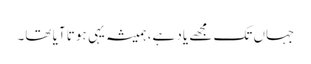
جہاں تک مجھے یاد ہے، ہمیشہ یہی ہوتا آیا تھا۔